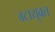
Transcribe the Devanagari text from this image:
जटायुक्त